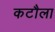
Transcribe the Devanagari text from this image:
कटौला